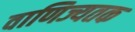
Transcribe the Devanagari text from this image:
वाणिज्यतक